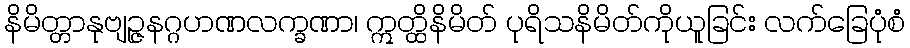
နိမိတ္တာနုဗျဉ္ဇနဂ္ဂဟဏလက္ခဏာ၊ ဣတ္ထိနိမိတ် ပုရိသနိမိတ်ကိုယူခြင်း လက်ခြေပုံစံ